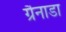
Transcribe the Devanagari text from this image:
ग्रैनाडा